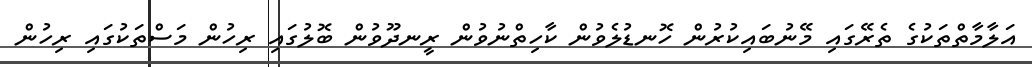
އަލާމާތްތަކުގެ ތެރޭގައި މޭނުބައިކުރުން ހޮނޑުލެވުން ކާހިތްނުވުން ރީނދޫވުން ބޮލުގައި ރިހުން މަސްތަކުގައި ރިހުން